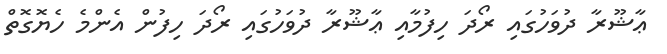
ޢާޝޫރާ ދުވަހުގައި ރޯދަ ހިފުމާއި ޢާޝޫރާ ދުވަހުގައި ރޯދަ ހިފުން އެންމެ ހެޔޮގޮތް